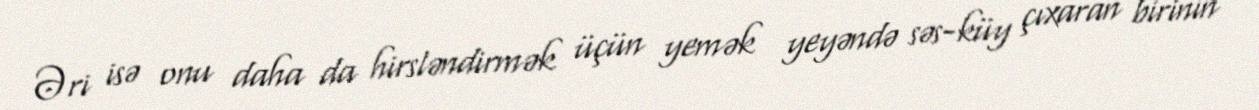
Əri isə onu daha da hirsləndirmək üçün yemək yeyəndə səs-küy çıxaran birinin